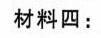
材料四：